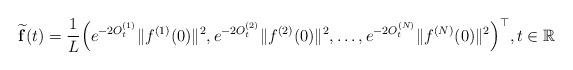
LaTeX: \begin{align*}\widetilde{\mathbf{f}}(t)=\frac{1}{L}\Big(e^{-2O_t^{(1)}}\|f^{(1)}(0)\|^2,e^{-2O_t^{(2)}}\|f^{(2)}(0)\|^2,\dots,e^{-2O_t^{(N)}}\|f^{(N)}(0)\|^2\Big)^{\top},t\in\mathbb{R}\end{align*}